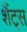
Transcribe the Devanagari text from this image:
शैंट्स